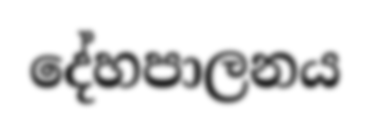
දේහපාලනය